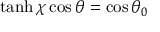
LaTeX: \operatorname { t a n h } \chi \cos \theta = \cos \theta _ { 0 }